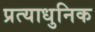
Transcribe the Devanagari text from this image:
प्रत्याधुनिक